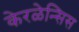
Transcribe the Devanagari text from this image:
केरळेन्सिस